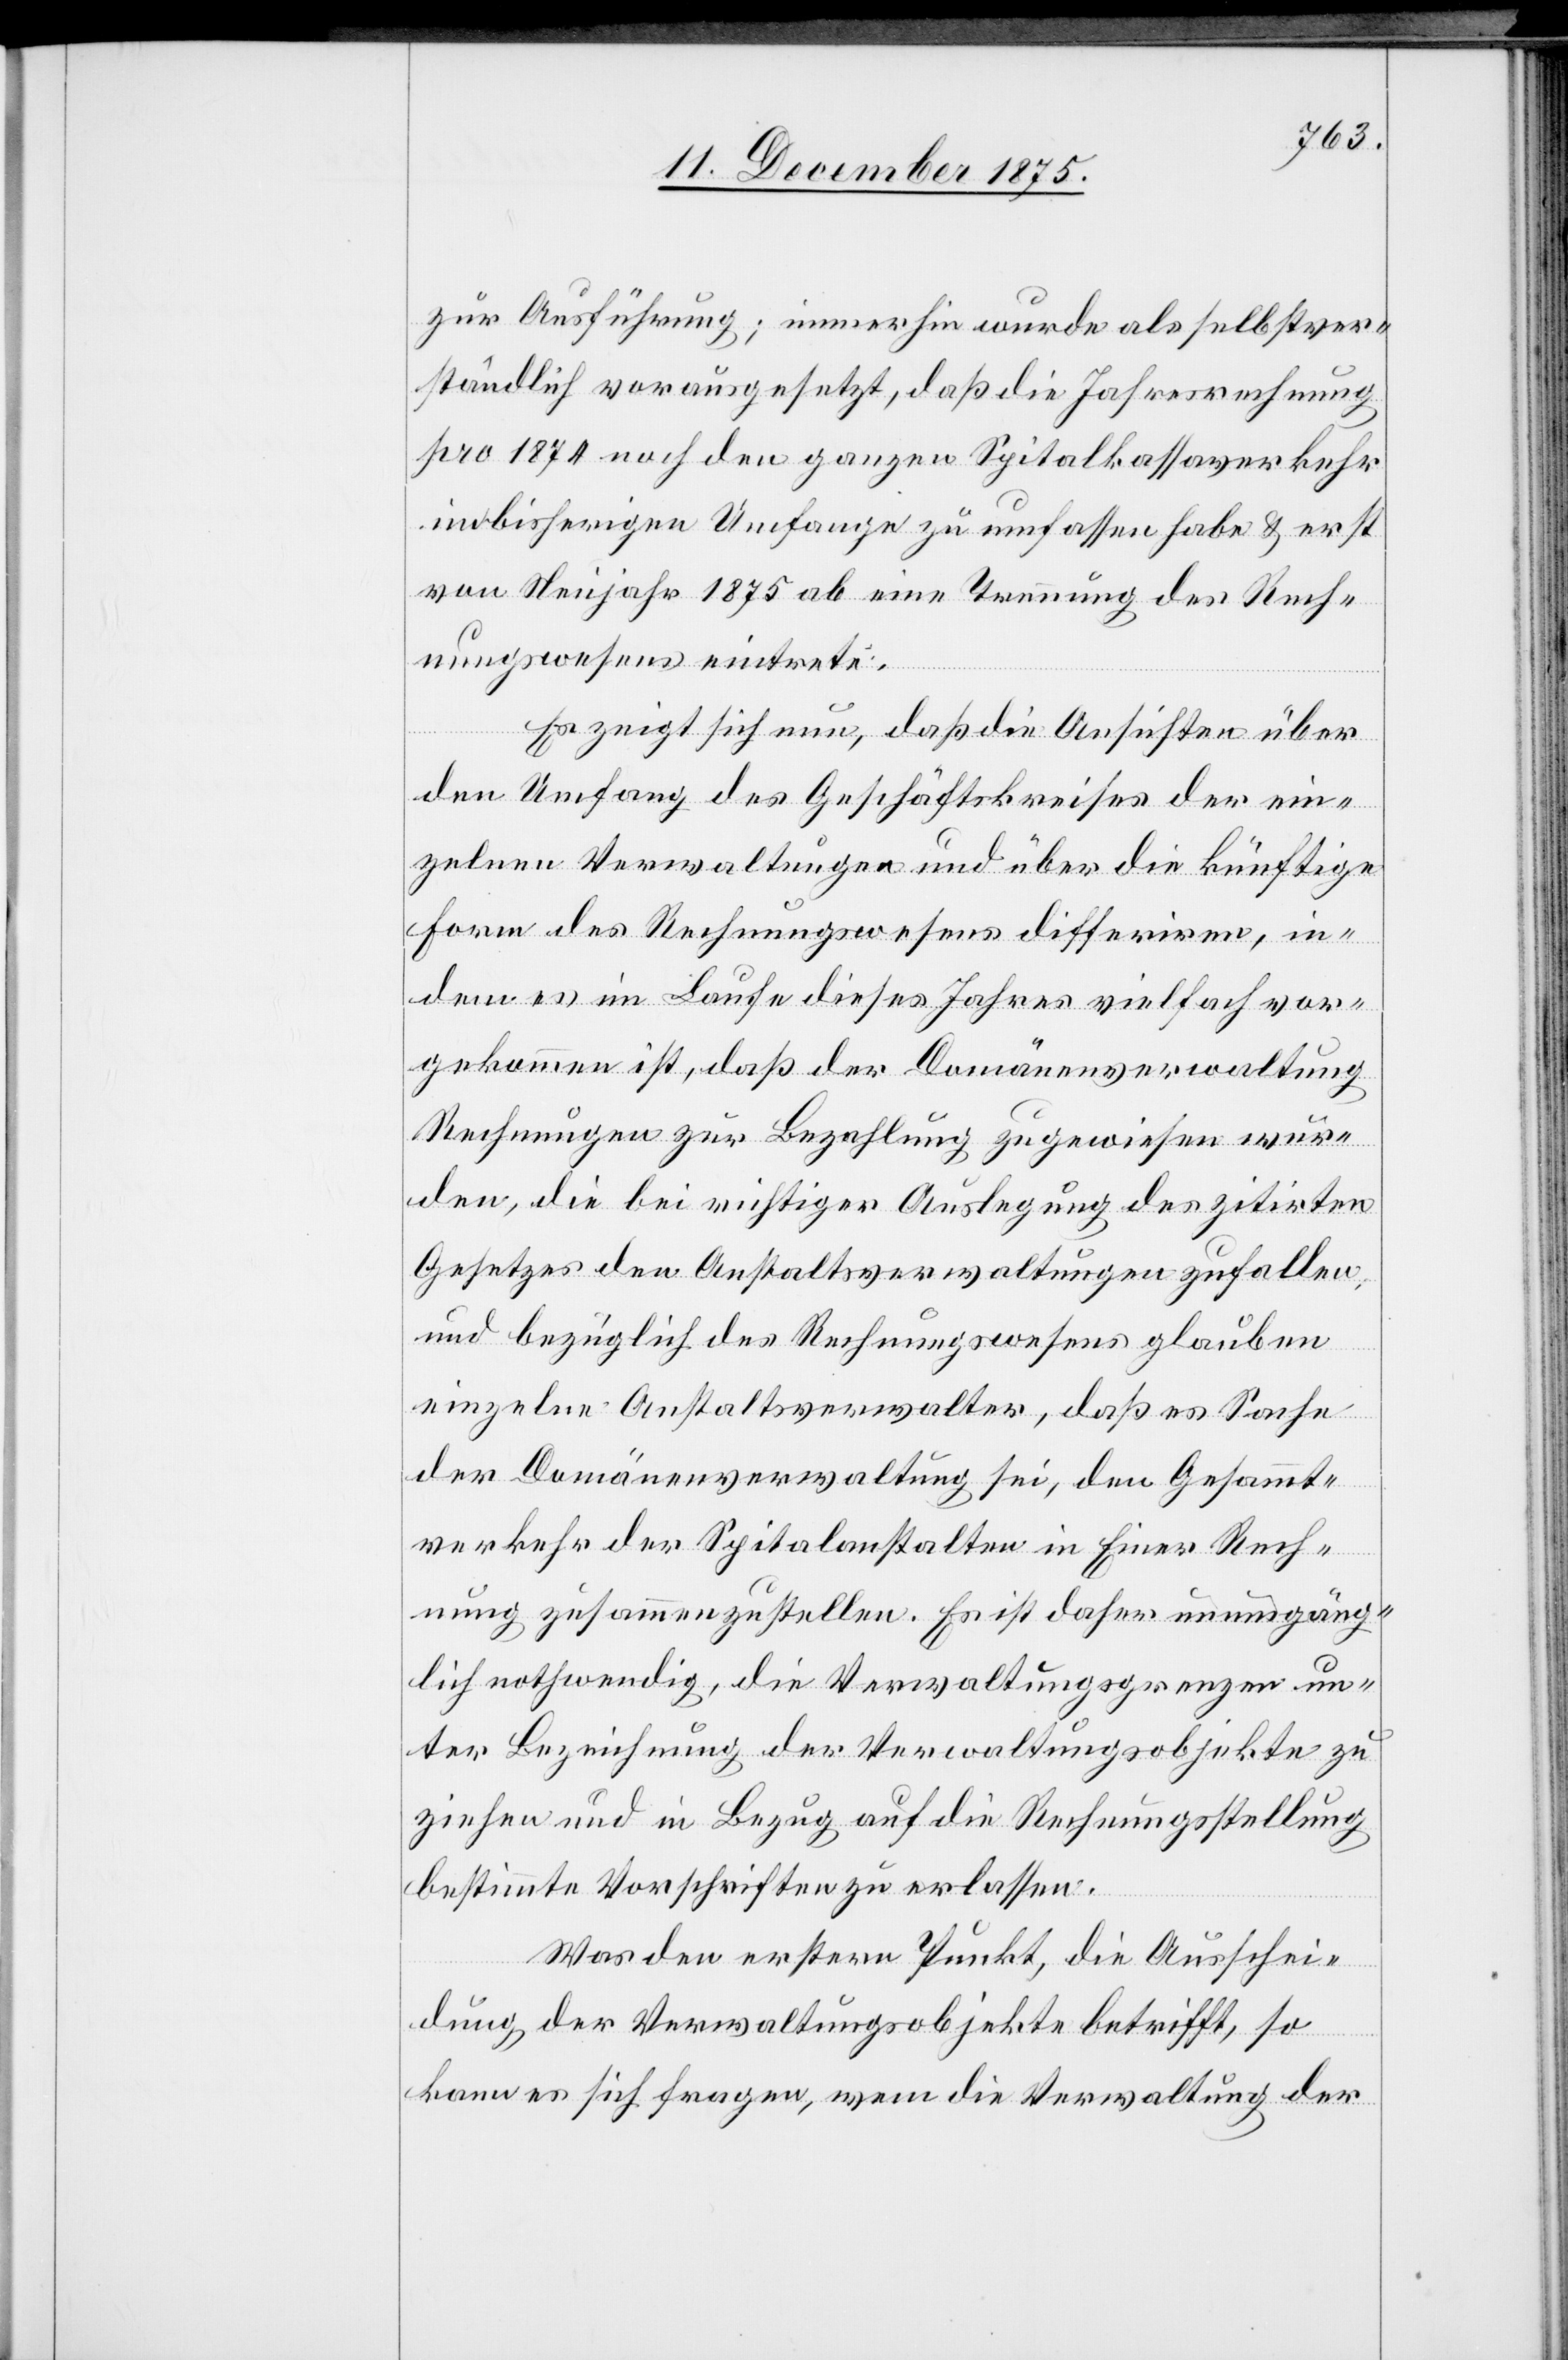
zur Ausführung; immerhin wurde als selbstver¬
ständlich vorausgesetzt, daß die Jahresversammlung
pro 1874 noch den ganzen Spitalkassaverkehr
im bisherigen Umfange zu umfassen habe & erst
von Neujahr 1875 ab eine Trennung des Rech¬
nungswesens eintrete.
Es zeigt sich nun, daß die Ansichten über
den Umfang des Geschäftskreises der ein¬
zelnen Verwaltungen und über die künftige
Form des Rechnungswesens differiren, in¬
dem es im Laufe dieses Jahres vielfach vor¬
gekommen ist, daß der Domänenverwaltung
Rechnungen zur Bezahlung zugewiesen wur¬
den, die bei richtiger Auslegung des zitirten
Gesetzes den Anstaltsverwaltungen zufallen
und bezüglich des Rechnungswesens glauben
Rech¬
einzelne Anstaltsverwalter, daß es Sache
der Domänenverwaltung sei, den Gesammt¬
verkehr der Spitalanstalten in Einer [sic!]
nung zusammenzustellen. Es ist daher unumgäng¬
lich nothwendig, die Verwaltungsgrenzen un¬
ter Bezeichnung der Verwaltungsobjekte zu
ziehen und in Bezug auf die Rechnungsstellung
bestimmte Vorschriften zu erlassen.
Was den ersten Punkt, die Ausschei¬
dung der Verwaltungsobjekte betrifft, so
kann es sich fragen, wem die Verwaltung der